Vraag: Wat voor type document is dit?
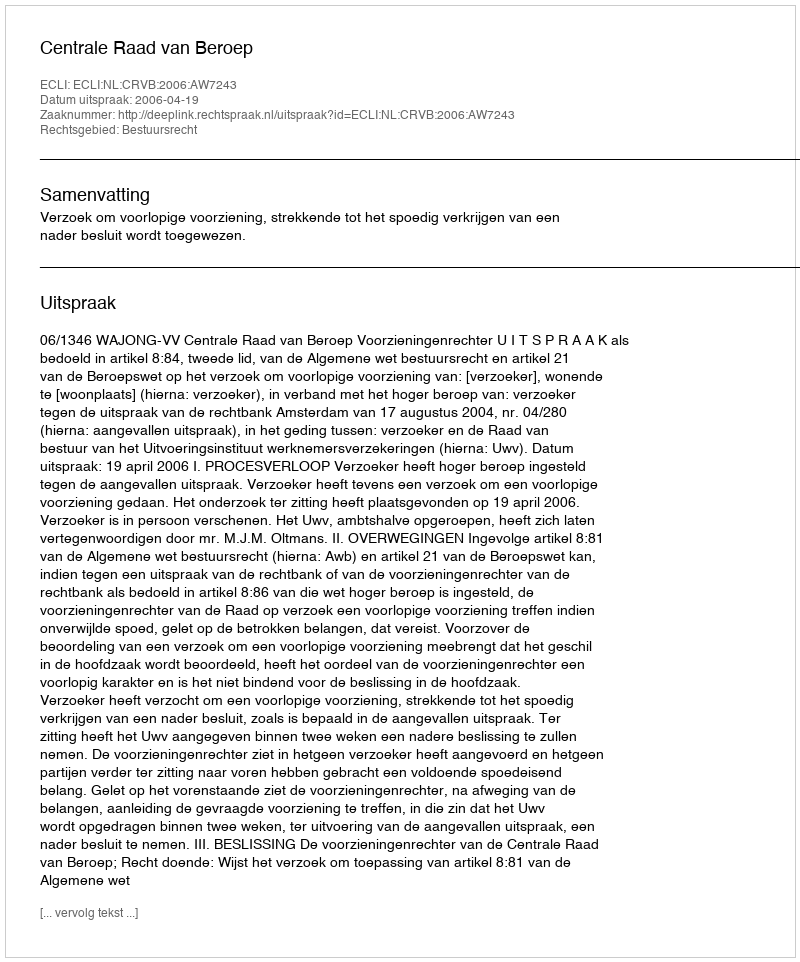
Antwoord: Uitspraak